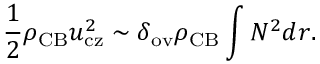
\frac { 1 } { 2 } \rho _ { \mathrm { C B } } u _ { \mathrm { c z } } ^ { 2 } \sim \delta _ { \mathrm { o v } } \rho _ { \mathrm { C B } } \int N ^ { 2 } d r .